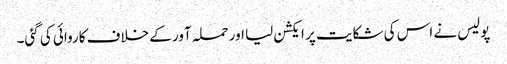
پولیس نے اس کی شکایت پر ایکشن لیا اور حملہ آور کے خلاف کاروائی کی گئی۔